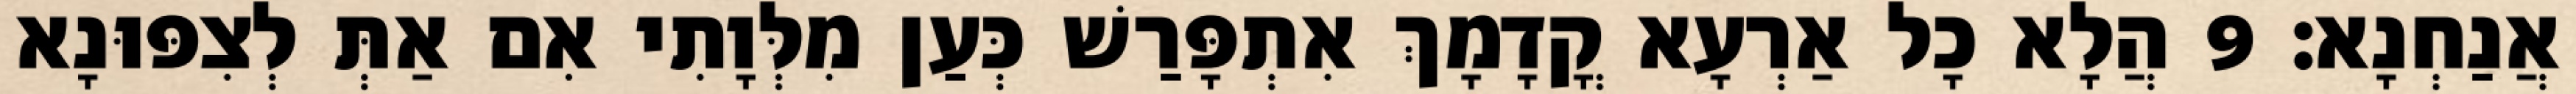
אֲנַחְנָא׃ 9 הֲלָא כָל אַרְעָא קֳדָמָךְ אִתְפָּרַשׁ כְּעַן מִלְּוָתִי אִם אַתְּ לְצִפּוּנָא